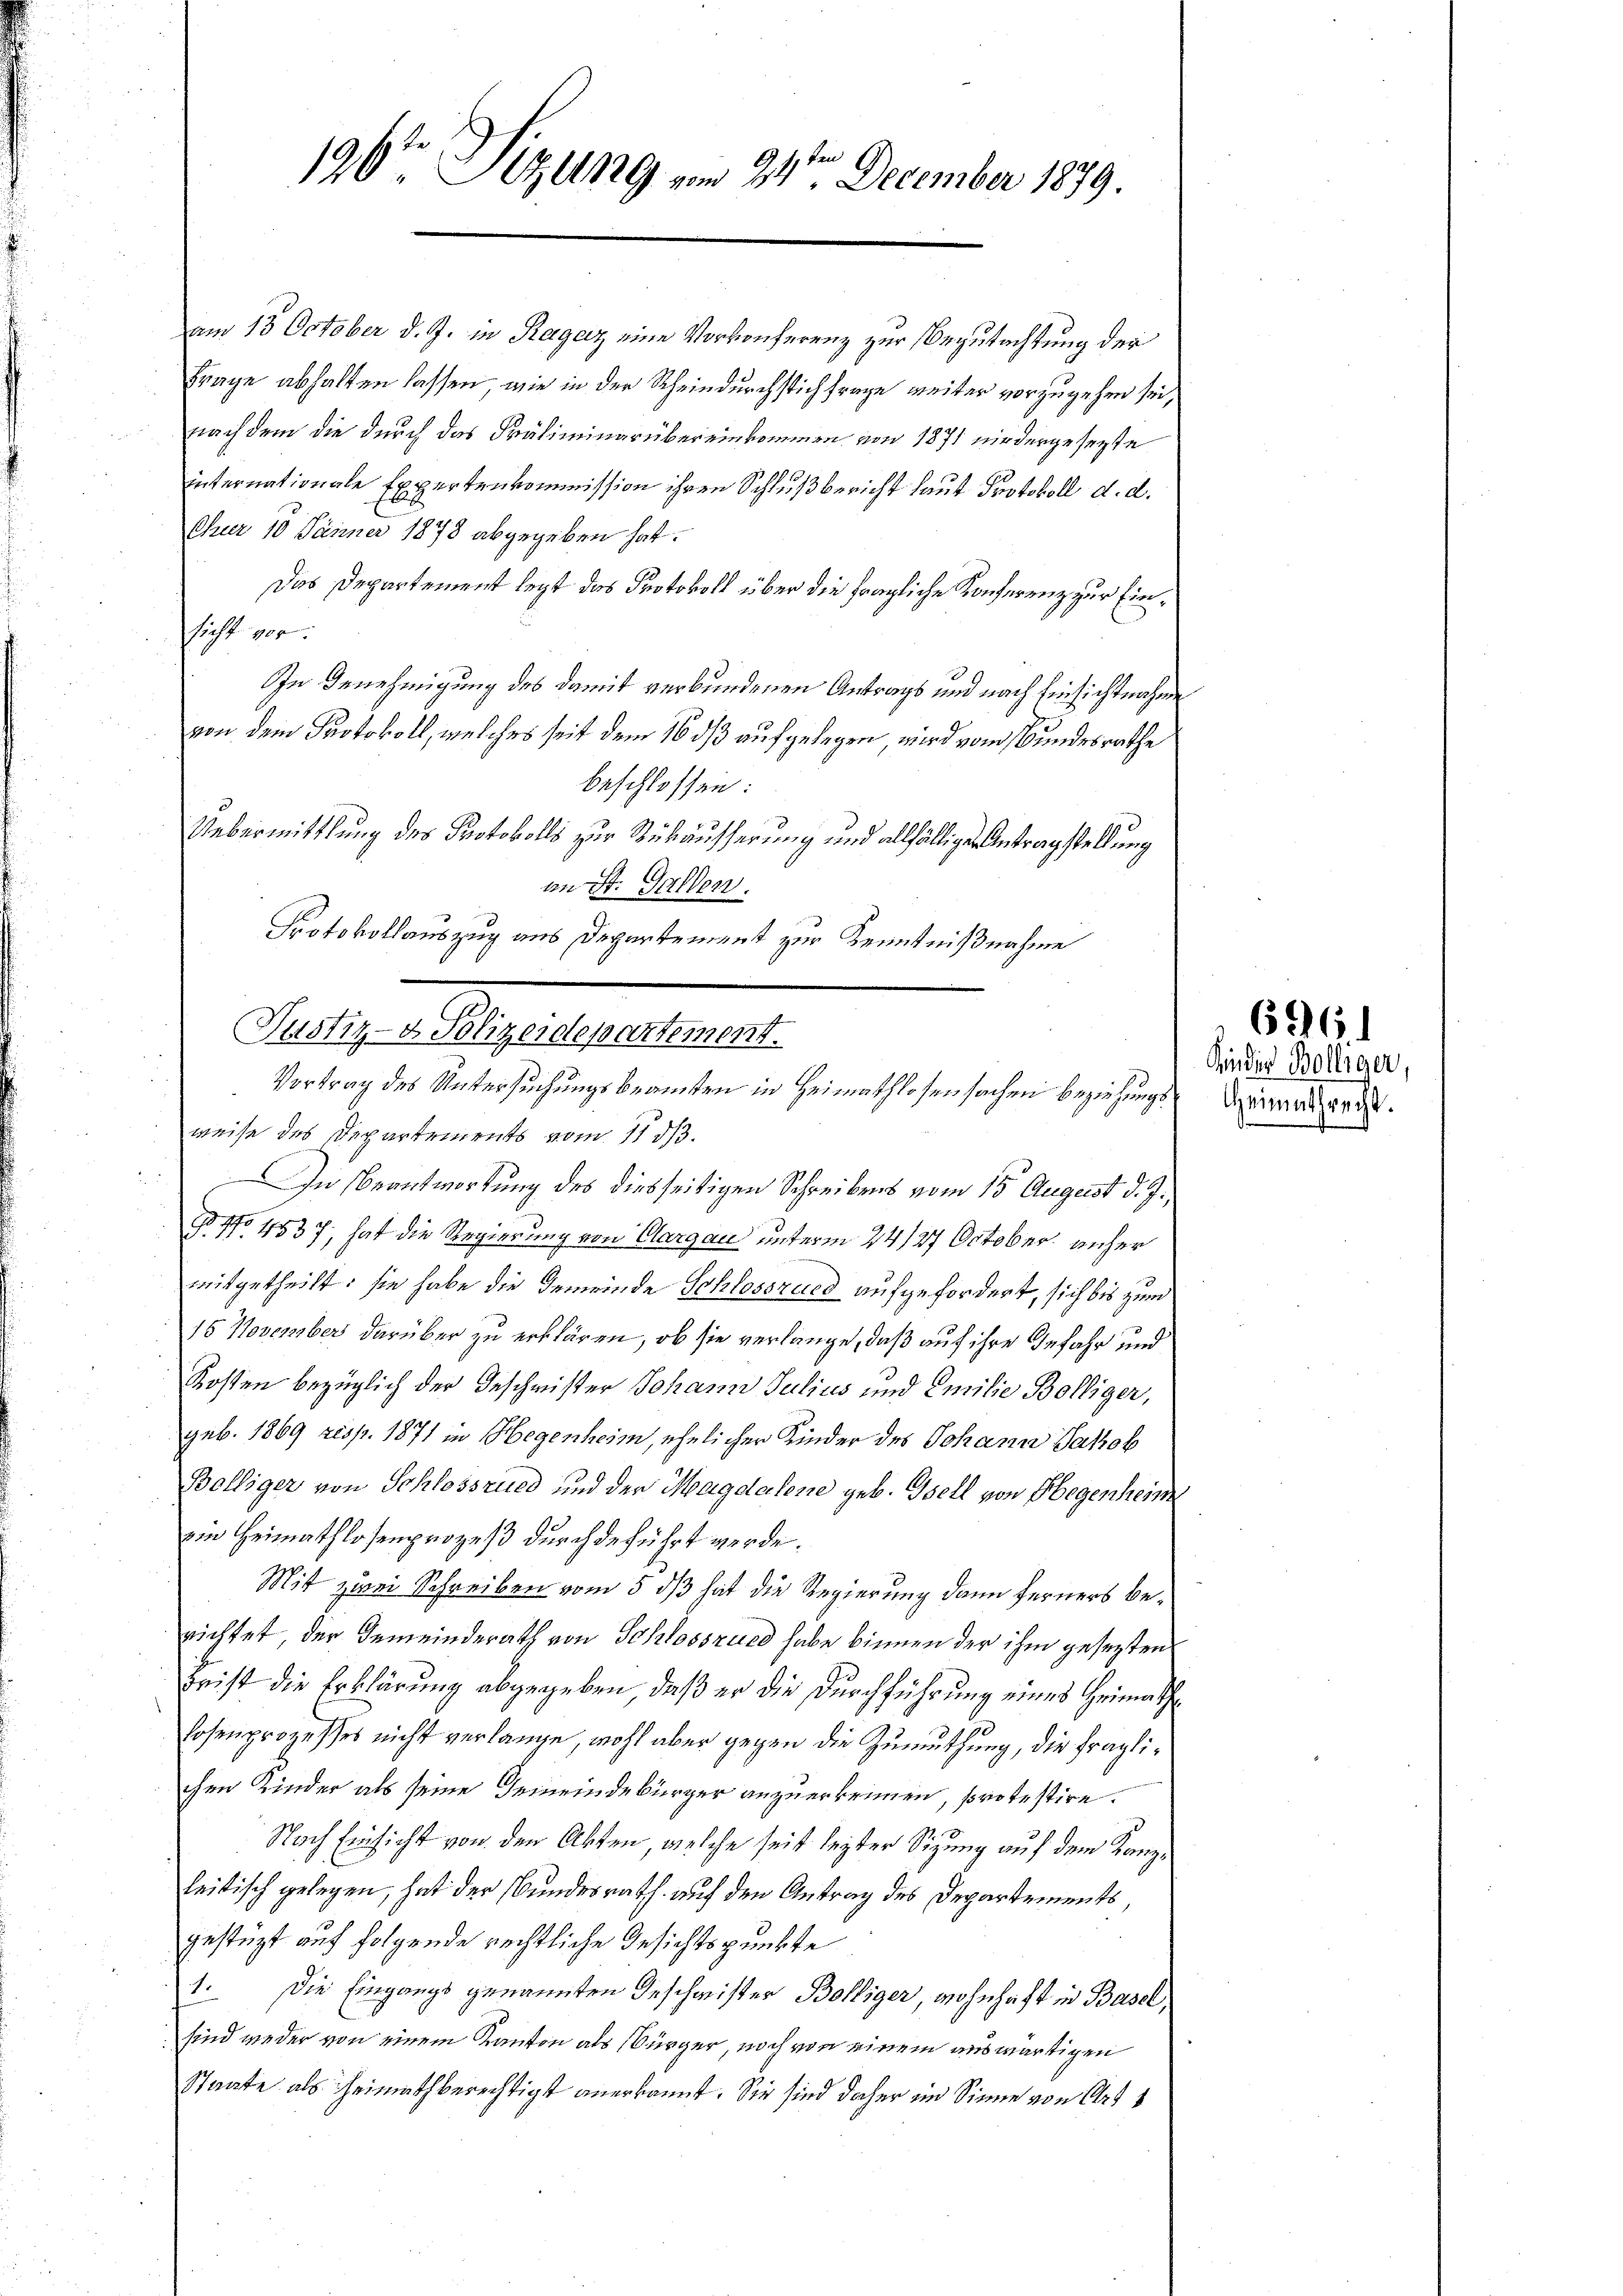
196ten Sizung vom 24ten December 1879.

am 13. October d. J. in Ragaz eine Vorkonferenz zur Begutachtung der
Frage abhalten lassen, wie in der Scheindurchstich frage weiter vorzugehen sei,
nach dem die durch das Präliminarübereinkommen von 1871 niedergesezte
internationale Expertenkommission ihren Schlußbericht laut Protokoll d. d.
Chur 10 Jänner 1878 abgegeben hat.
Das Departement legt das Protokoll über die fragliche Konferenz zur Einsicht vor.
In Genehmigung des damit verbundenen Antrags und nach Einsichtnahme
von dem Protokoll, welches seit dem 16 ds aufgelegen wird vom Bundesrathe
beschlossen:
Uebermittlung des Protokolls zur Rückäusserung und allfälligen Antragstellung
an St. Gallen.
Protokollauszug aus Departement zur Kenntnißnahme
weise des Departements vom 11 d.
In Beantwortung des diesseitigen Schreibens vom 15. August d. J.,
.
No 4537, hat die Regierung von Aargau unterm 24/27 October unser
mitgetheilt: sie habe die Gemeinde Schlosszued aufgefordert, sich bis zum
15 November darüber zu erklären, ob sie verlange, daß auf ihre Gefahr und
Kosten bezüglich der Geschwister Johann Julius und Emilie Bolliger,
geb. 1869 resp. 1871 in Hegenheim, ehelicher Kinder des Johann Jakob
Bölliger von Schlossrued und der Magdalene geb. Tell von Hegenheim
am Heimathlosenprozeß durch deführt werde.
Mit zwei Schreiben vom 5. ds hat die Regierung dann Ferners berichtet der Gemeinderath von Schlosszued habe binnen der ihm gesezten
Leist die Erklärung abgegeben, daß er die Durchführung eines Heimathlosenprozesses nicht verlange, wohl aber gegen die Zumuthung, die fraglichen Kinder als seine Gemeindebürger anzuerkennen, protestire.
Nach Einsicht von den Akten, welche seit lezter Sitzung auf dem Kanzleitisch gelegen, hat der Bundesrath auf den Antrag des Departements,
gestüzt auf folgende rechtliche Gesichtspunkte
1. Die Eingangs genannten Geschwister Bolliger, wohnhaft in Basel,
sind wieder von einem Kanton als Bürger, noch von einem auswärtigen
Staate als Heimathberechtigt anerkannt. Sie sind daher im Sinne von Art 1

Justiz- & Polizeidepartement.
Vortrag des Untersuchungsbeamten in Heimathlosensachen Beziehungs¬

Kinder Bolliger,
Heimathrecht.

696.